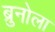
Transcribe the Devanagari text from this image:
ब्रुनोला